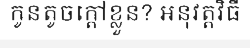
កូនតូចក្តៅខ្លួន? អនុវត្តវិធី